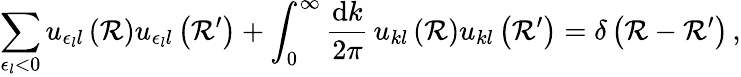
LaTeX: \sum_{\epsilon_{l}<0}u_{\epsilon_{l}l}\left(\mathcal{R}\right)u_{\epsilon_{l}l}\left(\mathcal{R}^{\prime}\right)+\int_{0}^{\infty}\frac{{\mathrm{{d}}k}}{{2\pi}}\, u_{kl}\left(\mathcal{R}\right)u_{kl}\left(\mathcal{R}^{\prime}\right)=\delta\left(\mathcal{R}-\mathcal{R}^{\prime}\right)\, ,